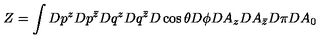
Z = \int D p ^ { z } D p ^ { \bar { z } } D q ^ { z } D q ^ { \bar { z } } D \cos \theta D \phi D A _ { z } D A _ { \bar { z } } D \pi D A _ { 0 }